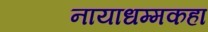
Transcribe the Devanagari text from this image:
नायाधम्मकहा